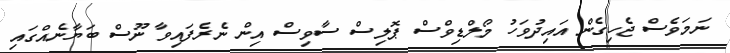
ނަމަވެސް ޖެހިގެން އައިދުވަހު މޯލްޑިވްސް ޕޮލިސް ސާވިސް އިން ނެރެފައިވާ ނޫސް ބަޔާނެއްގައި